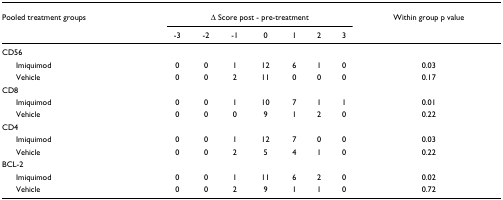
| Pooled treatment groups | <COLSPAN=7> Δ Score post - pre-treatment | Within group p value |
 |  | -3 | -2 | -1 | 0 | 1 | 2 | 3 |  |
 | --- | --- | --- | --- | --- | --- | --- | --- | --- |
 | CD56 |  |  |  |  |  |  |  |  |
 | Imiquimod | 0 | 0 | 1 | 12 | 6 | 1 | 0 | 0.03 |
 | Vehicle | 0 | 0 | 2 | 11 | 0 | 0 | 0 | 0.17 |
 | CD8 |  |  |  |  |  |  |  |  |
 | Imiquimod | 0 | 0 | 1 | 10 | 7 | 1 | 1 | 0.01 |
 | Vehicle | 0 | 0 | 0 | 9 | 1 | 2 | 0 | 0.22 |
 | CD4 |  |  |  |  |  |  |  |  |
 | Imiquimod | 0 | 0 | 1 | 12 | 7 | 0 | 0 | 0.03 |
 | Vehicle | 0 | 0 | 2 | 5 | 4 | 1 | 0 | 0.22 |
 | BCL-2 |  |  |  |  |  |  |  |  |
 | Imiquimod | 0 | 0 | 1 | 11 | 6 | 2 | 0 | 0.02 |
 | Vehicle | 0 | 0 | 2 | 9 | 1 | 1 | 0 | 0.72 |